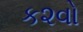
ક૨વો